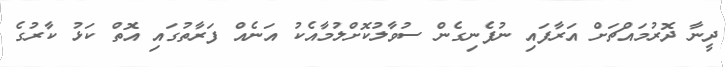
ދީނާ ދޮރުމައްޗަށް އަރާފައި ނުފެނިގެން ސުވާލުކޮށްލުމާއެކު އަނެއް ފަރާތުގައި އޮތް ކަޅު ކާރުގެ